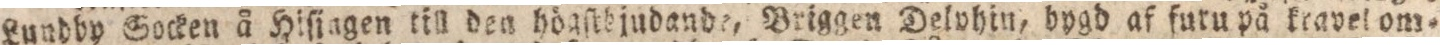
Lundby Socken å Hisiagen till den högſtbjudande, Briggen Delvhin, bygd af furu på kravel om=